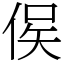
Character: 㑨